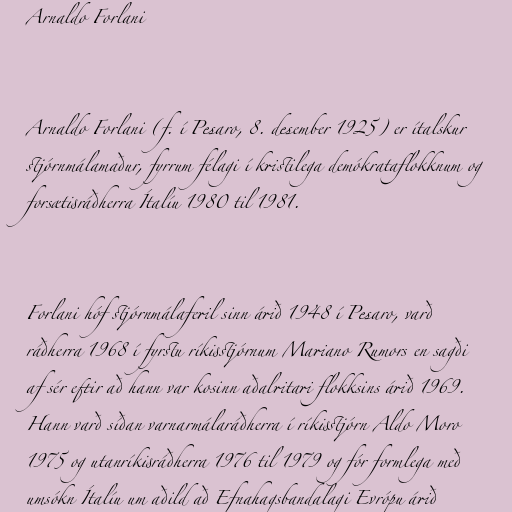
Arnaldo Forlani

Arnaldo Forlani (f. í Pesaro, 8. desember 1925) er ítalskur
stjórnmálamaður, fyrrum félagi í kristilega demókrataflokknum og
forsætisráðherra Ítalíu 1980 til 1981.

Forlani hóf stjórnmálaferil sinn árið 1948 í Pesaro, varð
ráðherra 1968 í fyrstu ríkisstjórnum Mariano Rumors en sagði
af sér eftir að hann var kosinn aðalritari flokksins árið 1969.
Hann varð síðan varnarmálaráðherra í ríkisstjórn Aldo Moro
1975 og utanríkisráðherra 1976 til 1979 og fór formlega með
umsókn Ítalíu um aðild að Efnahagsbandalagi Evrópu árið